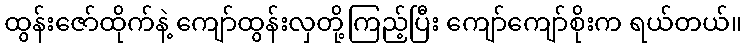
ထွန်းဇော်ထိုက်နဲ့ ကျော်ထွန်းလှတို့ကြည့်ပြီး ကျော်ကျော်စိုးက ရယ်တယ်။